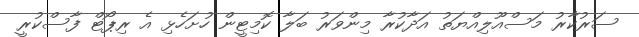
ސަރުކާރު މަސްއޫލިއްޔަތު އަދާކުރާ މިންވަރު ބަލާ ކޮމިޓީން ހުށަހެޅި އެ ރިޕޯޓް ފާސްކުރީ